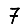
Digit: 7